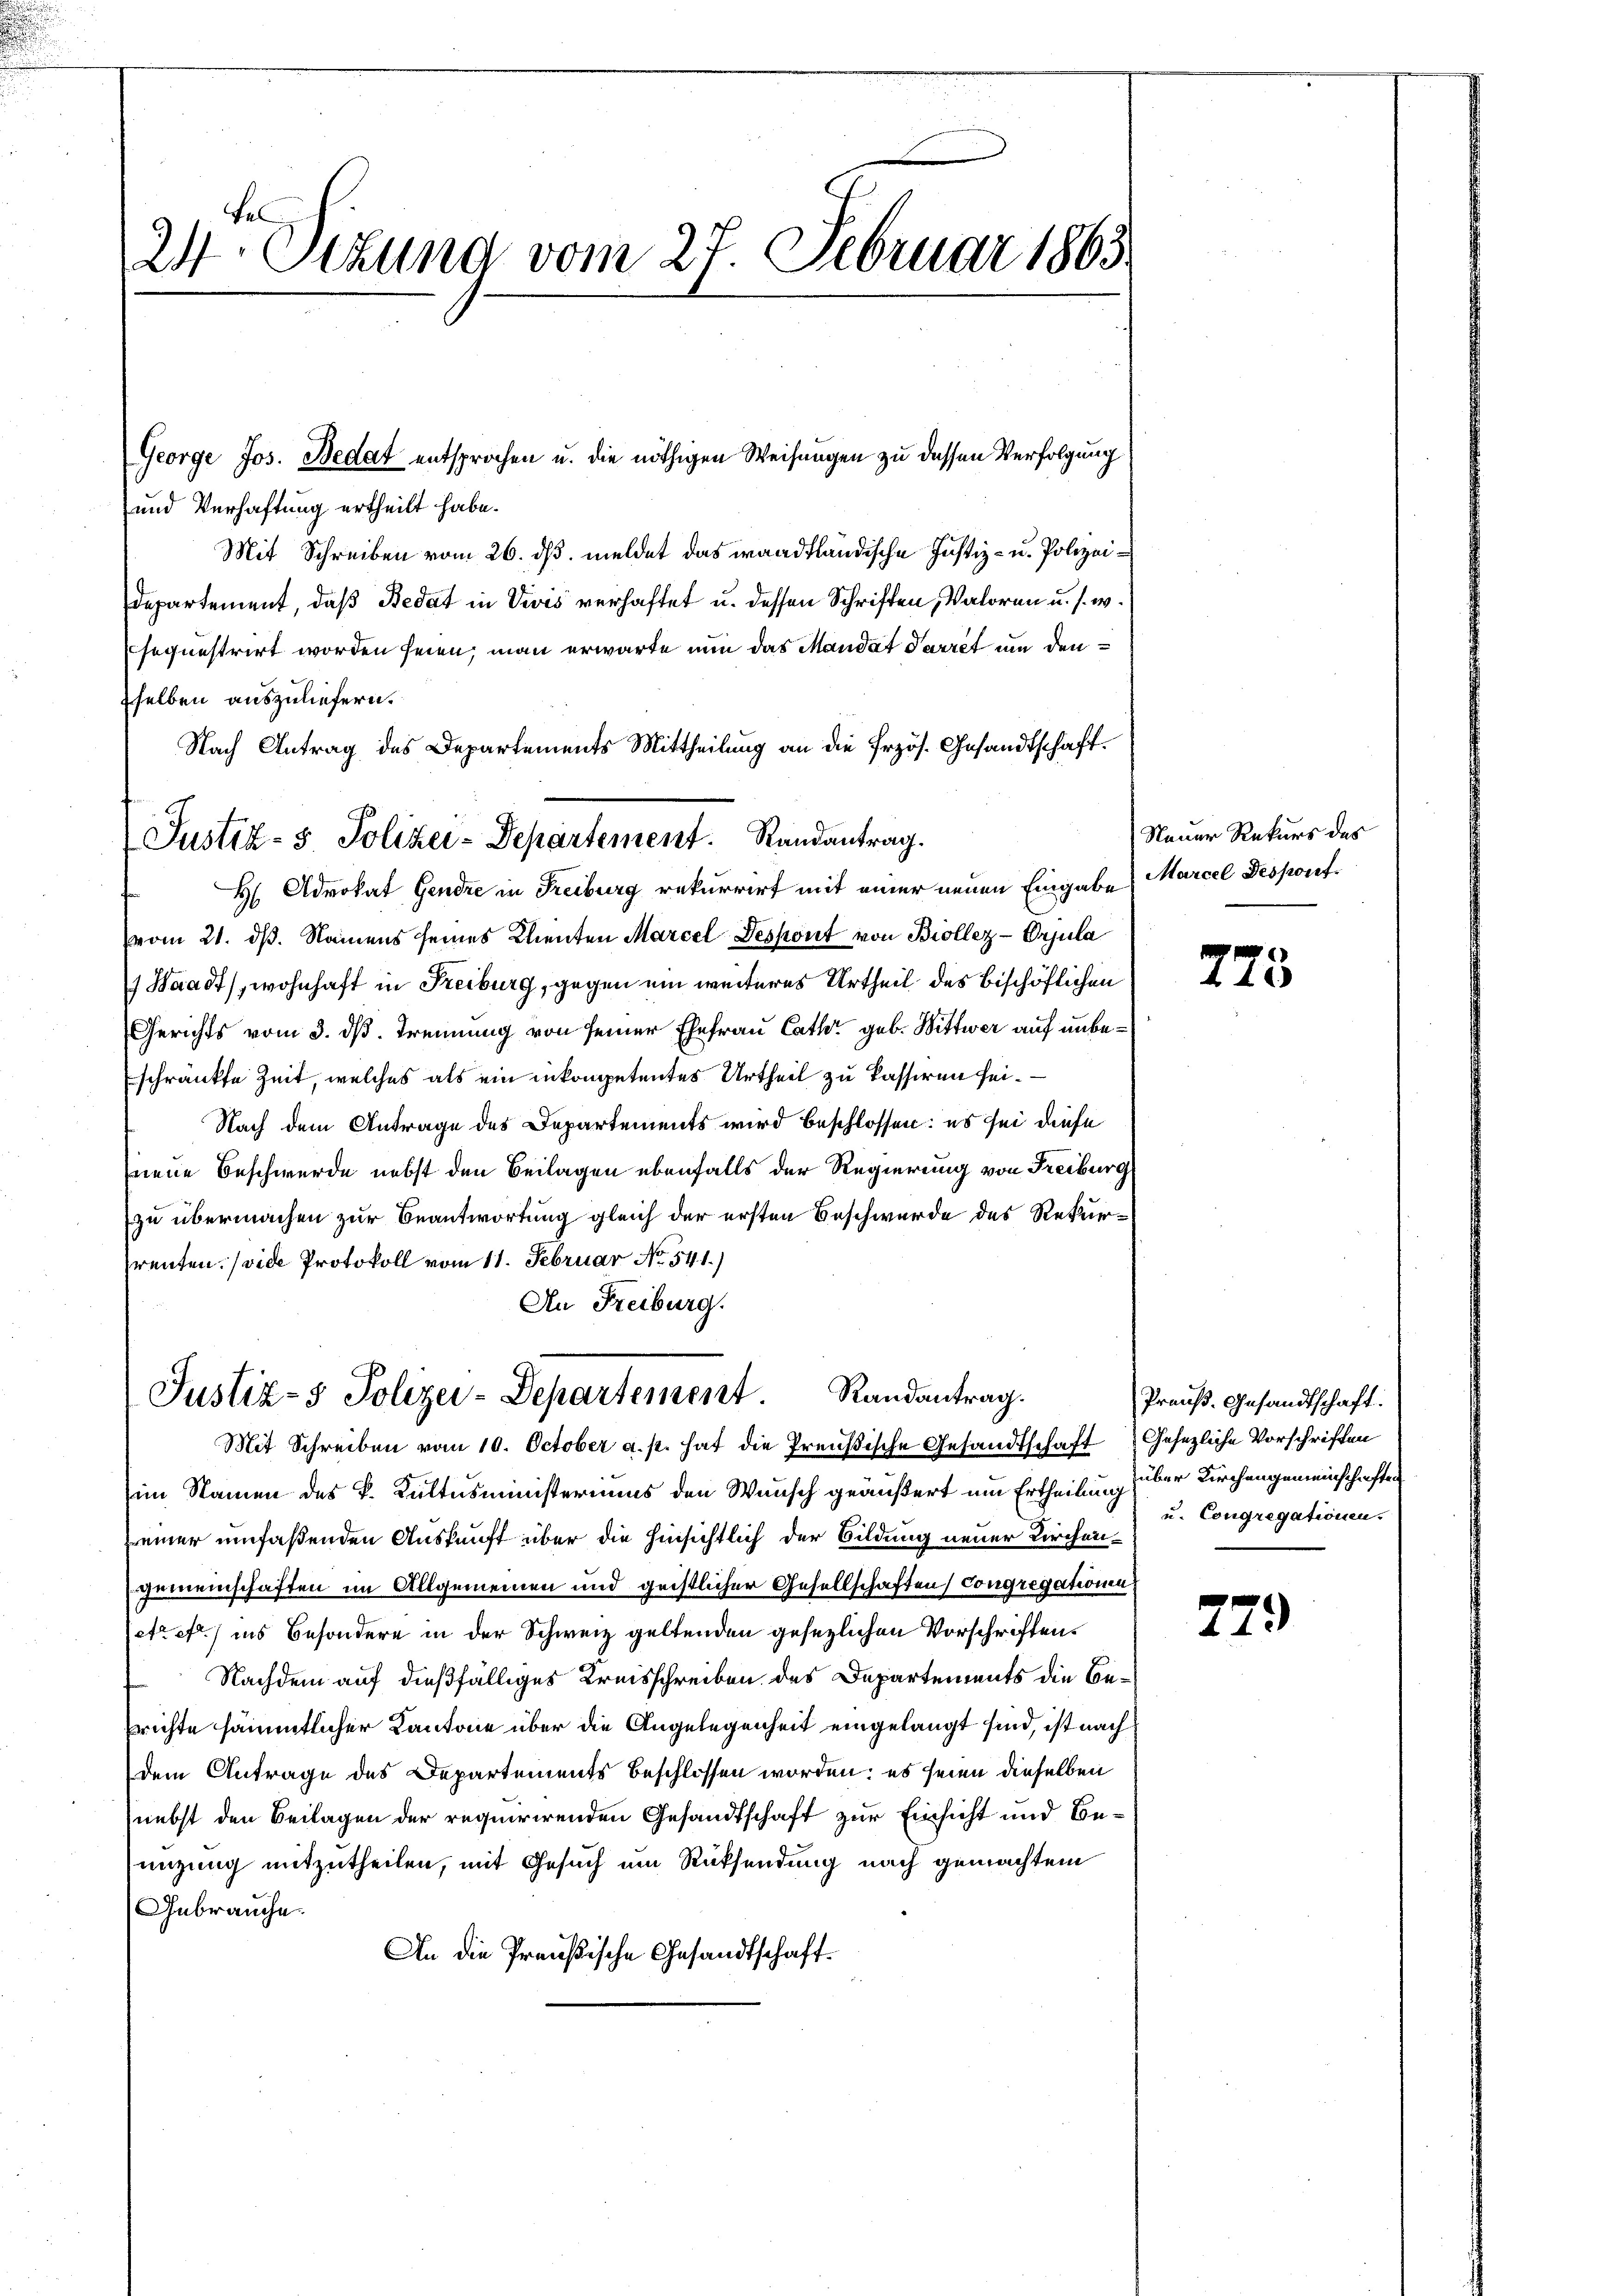
24. Sekund vom 27. Februar 1863.

Justiz- & Polizei-Departement. Randantrag.

und Verhaftung ertheilt habe.
Mit Schreiben vom 26. ds. meldet das waadtländische Justiz- u. Polizeidepartement, daß Bedat in Vis verhaftet u. dessen Schriften, Valoren u. s. w.
sequestrirt worden seien, man erwarte nun das Mandat Parret um den
selben auszuliefern.
Nach Antrag des Departements Mittheilung an die Erzös. Gesandtschaft.
H Advokat Gendre in Freiburg rekurrirt mit einer neuen Eingabe Marcel Desponef¬
(vom 21. dß. Namens seines Klienten Marcel Despont von Biollez-Orjula
 Waadt, wohnhaft in Freiburg, gegen ein weiteres Urtheil des bischöflichen
Gerichts vom 3. dß. Trennung von seiner Ehefrau Cathe geb. Wittwer auf unbeschränkte Zeit, welches als ein inkompetentes Urtheil zu kassiren sei.
Nach dem Antrage des Departements wird beschlossen: es sei diese
neue Beschwerde nebst den Beilagen ebenfalls der Regierung von Freiburg
zu übermachen zur Beantwortung gleich der ersten Beschwerde des Rekurrenten. (vide Protokoll vom 11. Februar No. 541.)
An Freiburg.

George Jos. Bedat entsprochen u. die nöthigen Weisungen zu dessen Verfolgung

Justiz- & Polizei-Departement Randantrag.
Mit Schreiben vom 10. October a. p. hat die Preußische Gesandtschaft Gesezliche Vorschriften

im Namen des k. Kultusministeriums den Wunsch geäußert um Ertheilung über Kirchengemeinschaften
einer umfaßenden Auskunft über die hinsichtlich der Bildung neuer Kirchengemeinschaften im Allgemeinen und geistlicher Gesellschaften Congregationen
etrett ins Besondere in der Schweiz geltenden gesezlichen Vorschriften.
Nachdem auf dießfälliges Kreisschreiben des Departements die Be¬
Erichte sämmtlicher Kantone über die Angelegenheit eingelangt sind, ist nach
dem Antrage des Departements beschlossen worden: es seien dieselben
nebst den Beilagen der requirirenden Gesandtschaft zur Einsicht und Beenzung mitzutheilen, mit Gesuch um Rücksendung nach gemachtem
Gebrauche.
An die Preußische Gesandtschaft¬

Nauer Rekurs des

275.

Preuß. Gesandtschaft.
u. Congregationen.

729